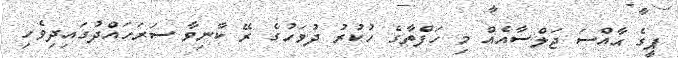
ޕީގެ ޙާއްސަ ޖަލްސާއެއް މި ހަފްތާގެ ހުކުރު ދުވަހުގެ ރޭ ކާނިވާ ސަރަހައްދުގައިދިވެހި